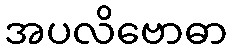
အပလိဗောဓာ